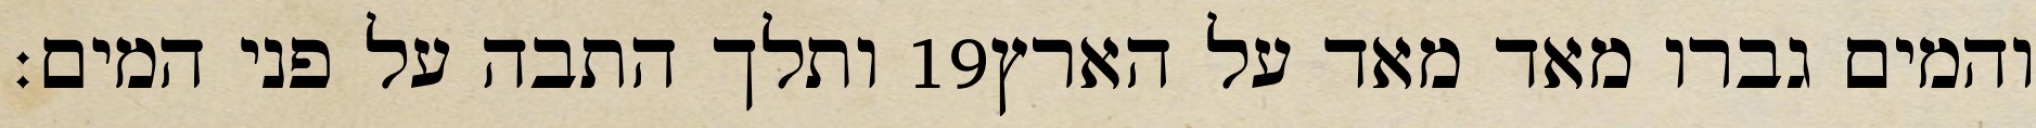
ותלך התבה על פני המים׃ ‎19‏ והמים גברו מאד מאד על הארץ